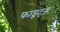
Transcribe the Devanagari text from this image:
फाडूट्स